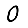
Digit: 0